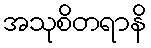
အသုစိတရာနိ